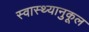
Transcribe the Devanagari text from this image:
स्वास्थ्यानुकूल